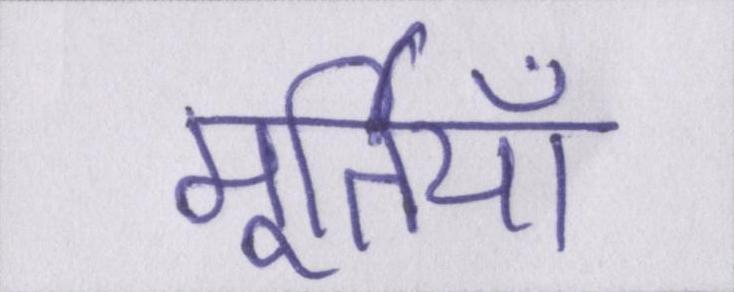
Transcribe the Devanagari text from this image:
मूर्तियाँ